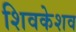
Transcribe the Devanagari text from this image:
शिवकेशव